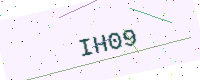
Text: IH09